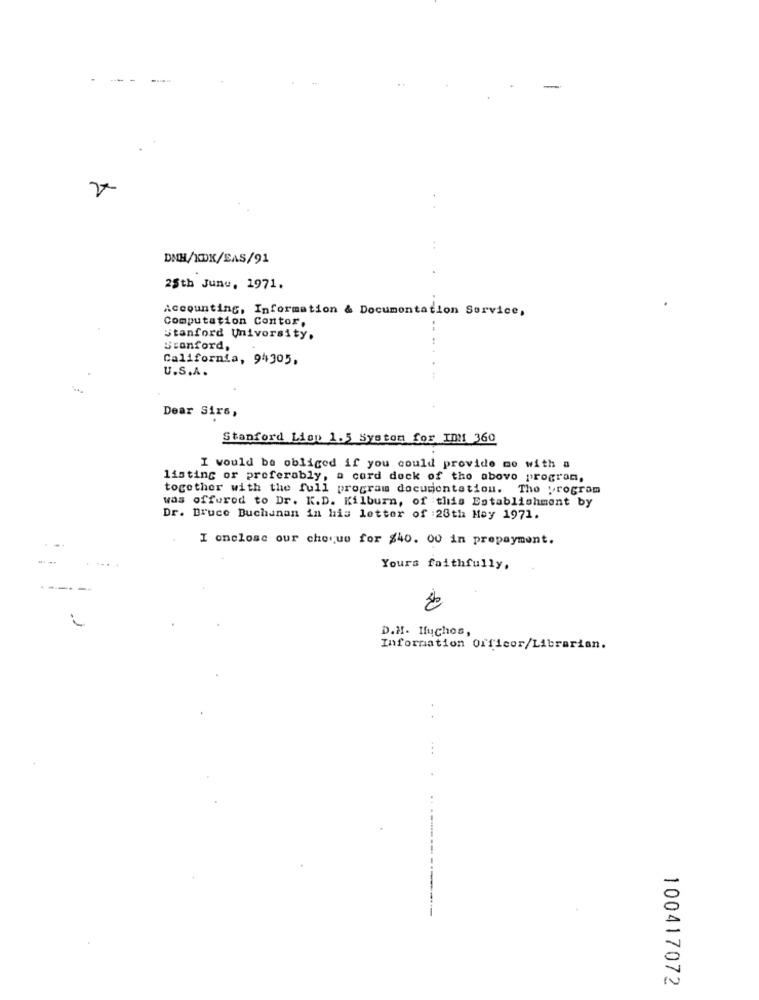
DNH/XDK/SAS/91
25th June, 1971.
Accounting, Information & Documentation Service,
Computation Contor,
Stanford University.
Stanford,
California, 94305,
U.S.A.
Dear Sirs,
Stanford Lion 1.5 Systom for ID !! 360
I would be obliged if you could provide mo with a
listing or preferably, a cord deck of the above program,
together with the full program documentation. The program
was offered to Dr. K.D. Kilburn, of this Establishment by
Dr. Bruce Buchanan in his letter of :28th May 1971.
I onclose our choque for $40. 00 in prepayment.
Yours faithfully,
-1
D.H. Muchos,
Information Officer/Librarian.
...
100417072